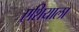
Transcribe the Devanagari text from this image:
एशियाला